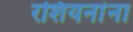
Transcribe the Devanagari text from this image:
रशियनांना